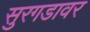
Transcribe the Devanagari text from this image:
सुरगडावर